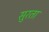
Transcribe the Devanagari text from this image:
सुरता